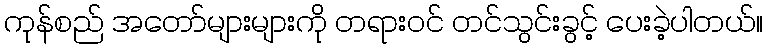
ကုန်စည် အတော်များများကို တရားဝင် တင်သွင်းခွင့် ပေးခဲ့ပါတယ်။